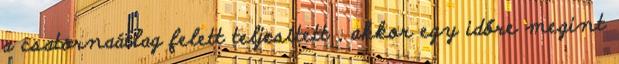
a csatornaátlag felett teljesített , akkor egy időre megint